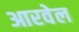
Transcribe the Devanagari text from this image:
आरवेल